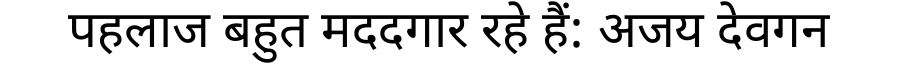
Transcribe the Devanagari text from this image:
पहलाज बहुत मददगार रहे हैं: अजय देवगन